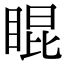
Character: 𥇊